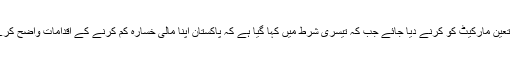
آئی ایم ایف حکام کا کہنا ہے کہ ڈالر کے مقابلے میں روپے کی قیمت کنٹرول نہ کی جائے، اس کا تعین مارکیٹ کو کرنے دیا جائے جب کہ تیسری شرط میں کہا گیا ہے کہ پاکستان اپنا مالی خسارہ کم کرنے کے اقدامات واضح کرے اور پہلے 4 ماہ میں 150 ارب روپے سے زیادہ کا خسارہ پورا کرنے کا طریقہ کار بتایا جائے۔